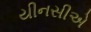
યીનસીએ